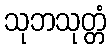
သုဘသုတ္တံ